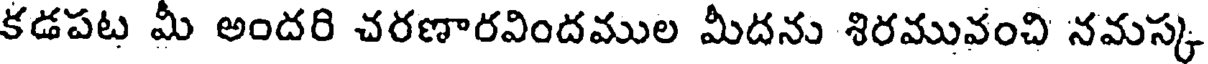
కడపట మీ అందరి చరణారవిందముల మీదను శిరమువంచి నమస్క